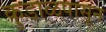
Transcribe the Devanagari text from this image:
कुडाळपासून